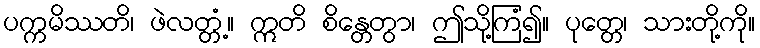
ပက္ကမိဿတိ၊ ဖဲလတ္တံ့။ ဣတိ စိန္တေတွာ၊ ဤသို့ကြံ၍။ ပုတ္တေ၊ သားတို့ကို။